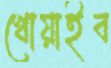
খোয়াইব